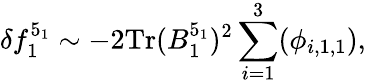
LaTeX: \delta f_{1}^{5_{1}}\sim-2\mathrm{Tr}(B_{1}^{5_{1}})^{2}\sum_{i=1}^{3}(\phi_{i,1,1}),